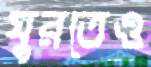
ঘুরতেও